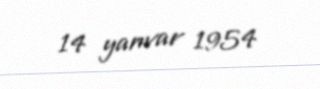
14 yanvar 1954